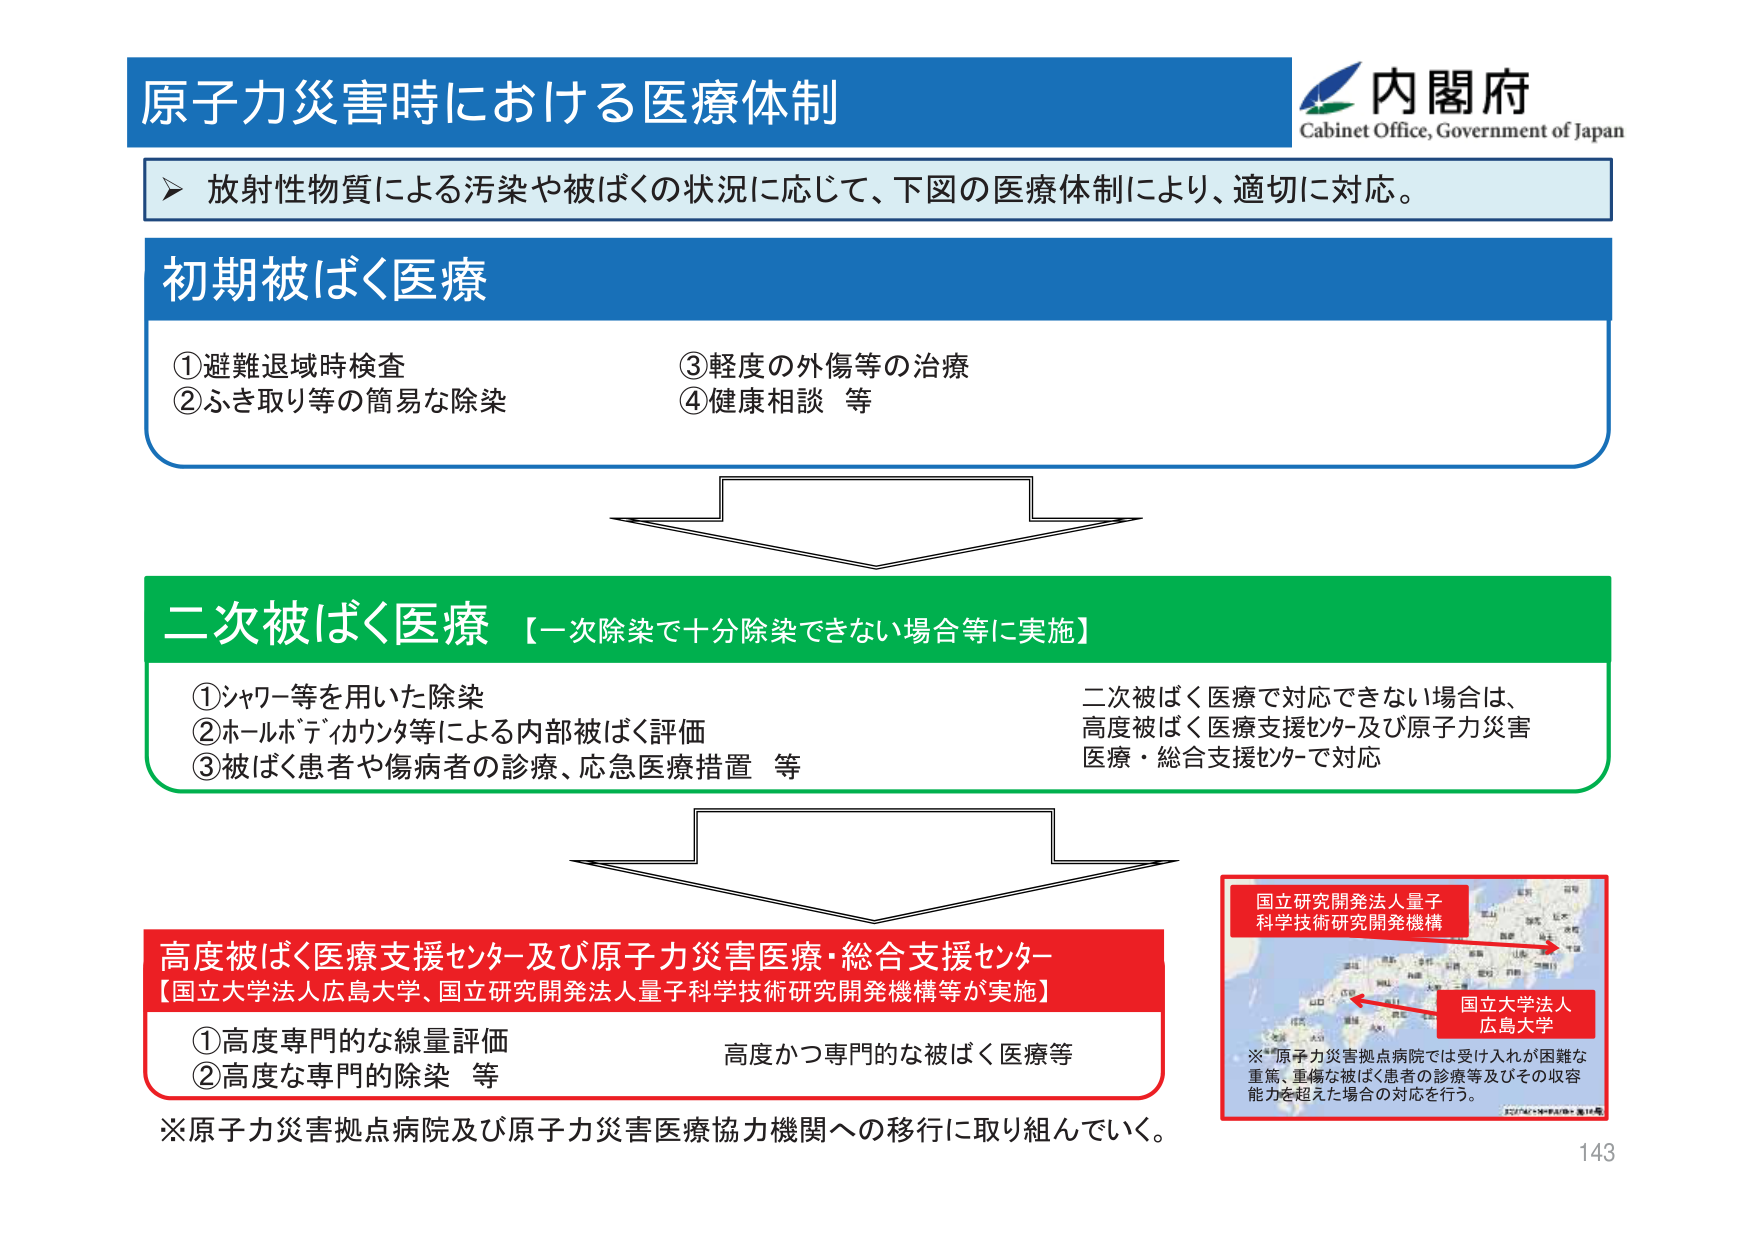
原子力災害時における医療体制
内閣府
Cabinet Office, Government of Japan

放射性物質による汚染や被ばくの状況に応じて、下図の医療体制により、適切に対応。

初期被ばく医療
①避難退域時検査
②ふき取り等の簡易な除染
③軽度の外傷等の治療
④健康相談 等

二次被ばく医療 【一次除染で十分除染できない場合等に実施】
①シャワー等を用いた除染
②ホールボディカウンタ等による内部被ばく評価
③被ばく患者や傷病者の診療、応急医療措置 等
二次被ばく医療で対応できない場合は、
高度被ばく医療支援センター及び原子力災害
医療・総合支援センターで対応

高度被ばく医療支援センター及び原子力災害医療・総合支援センター
【国立大学法人広島大学、国立研究開発法人量子科学技術研究開発機構等が実施】
①高度専門的な線量評価
②高度な専門的除染 等
高度かつ専門的な被ばく医療等

※原子力災害拠点病院及び原子力災害医療協力機関への移行に取り組んでいく。

国立研究開発法人量子
科学技術研究開発機構
国立大学法人
広島大学
※*原子力災害拠点病院では受け入れが困難な
重篤、重傷な被ばく患者の診療等及びその収容
能力を超えた場合の対応を行う。

143